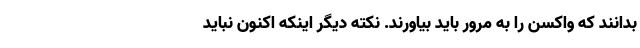
بدانند که واکسن را به مرور باید بیاورند. نکته دیگر اینکه اکنون نباید